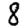
Digit: 8